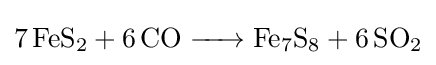
{\ce {7 FeS2 + 6 CO -> Fe7S8 + 6 SO2}}